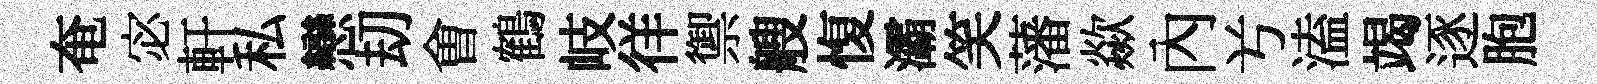
奄宓軒私戀刧㑹鶴岐徉禦艘愎灞笑藩歘內𠔃溘竭逐胞